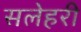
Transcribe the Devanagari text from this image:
सलेहरी